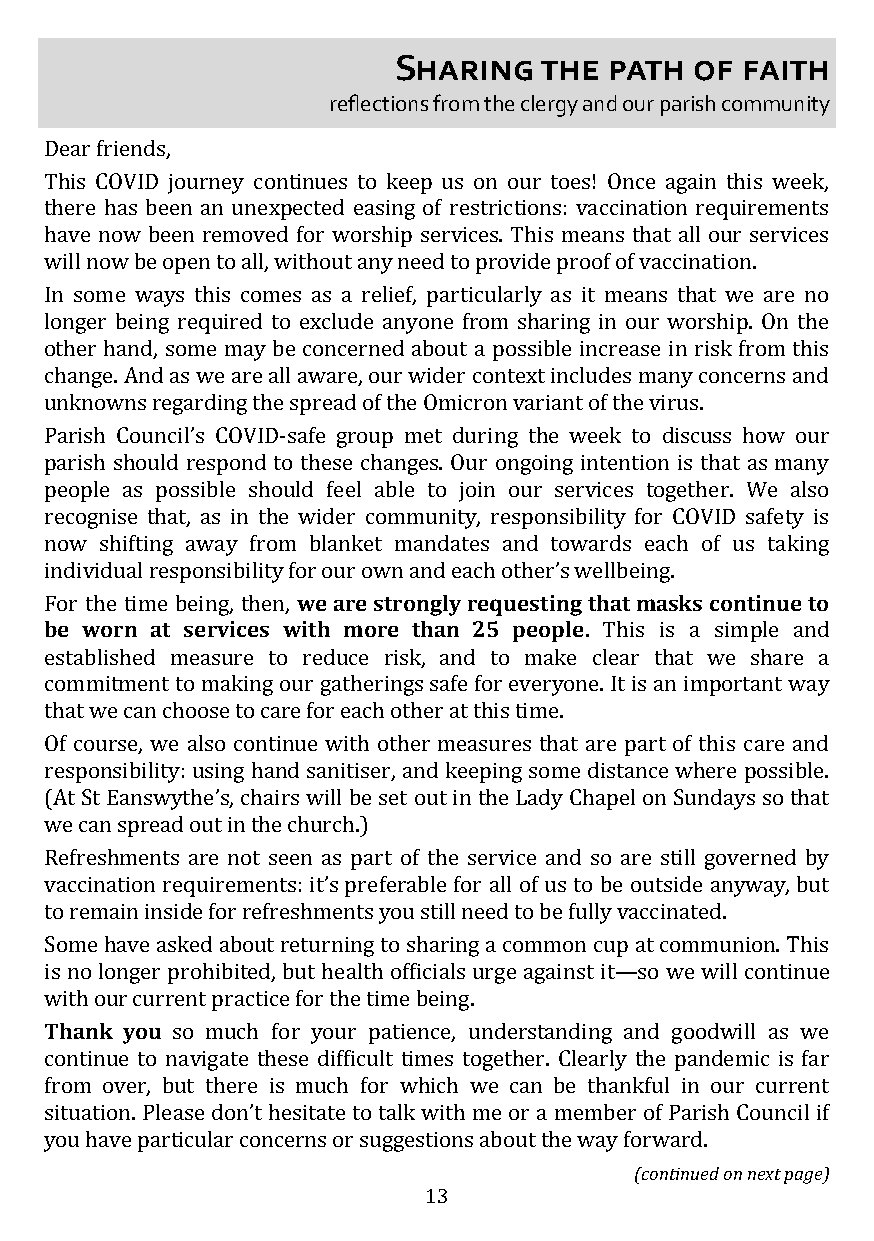
Sharing   the path  of faith
 reflections from the clergy and our parish community
 Dear friends,
 This COVID journey continues to keep us on our toes! Once again this week,
 there has been an unexpected easing of restrictions: vaccination requirements
 have now been removed for worship services. This means that all our services
 will now be open to all, without any need to provide proof of vaccination.
 In some ways this comes as a relief, particularly as it means that we are no
 longer being required to exclude anyone from sharing in our worship. On the
 other hand, some may be concerned about a possible increase in risk from this
 change. And as we are all aware, our wider context includes many concerns and
 unknowns regarding the spread of the Omicron variant of the virus.
 Parish Council’s COVID-safe group met during the week to discuss how our
 parish should respond to these changes. Our ongoing intention is that as many
 people as possible should feel able to join our services together. We also
 recognise that, as in the wider community, responsibility for COVID safety is
 now shifting away from blanket mandates and towards each of us taking
 individual responsibility for our own and each other’s wellbeing.
 For the time being, then, we are strongly requesting that masks continue to
 be worn at services with more than 25 people. This is a simple and
 established measure to reduce risk, and to make clear that we share a
 commitment to making our gatherings safe for everyone. It is an important way
 that we can choose to care for each other at this time.
 Of course, we also continue with other measures that are part of this care and
 responsibility: using hand sanitiser, and keeping some distance where possible.
 (At St Eanswythe’s, chairs will be set out in the Lady Chapel on Sundays so that
 we can spread out in the church.)
 Refreshments are not seen as part of the service and so are still governed by
 vaccination requirements: it’s preferable for all of us to be outside anyway, but
 to remain inside for refreshments you still need to be fully vaccinated.
 Some have asked about returning to sharing a common cup at communion. This
 is no longer prohibited, but health officials urge against it—so we will continue
 with our current practice for the time being.
 Thank you so much for your patience, understanding and goodwill as we
 continue to navigate these difficult times together. Clearly the pandemic is far
 from over, but there is much for which we can be thankful in our current
 situation. Please don’t hesitate to talk with me or a member of Parish Council if
 you have particular concerns or suggestions about the way forward.
 (continued on next page)
 13